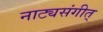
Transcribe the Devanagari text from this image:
नाट्यसंगीत्